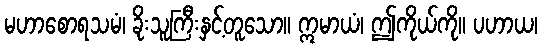
မဟာစောရသမံ၊ ခိုးသူကြီးနှင့်တူသော။ ဣမာယံ၊ ဤကိုယ်ကို။ ပဟာယ၊